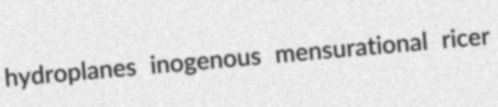
hydroplanes inogenous mensurational ricer